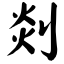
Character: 剡